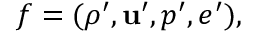
f = ( \rho ^ { \prime } , { \bf { u } } ^ { \prime } , p ^ { \prime } , e ^ { \prime } ) ,